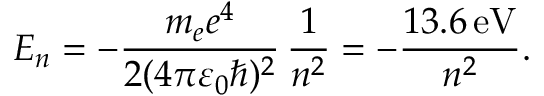
E _ { n } = - { \frac { m _ { e } e ^ { 4 } } { 2 ( 4 \pi \varepsilon _ { 0 } \hbar ) ^ { 2 } } } \, { \frac { 1 } { n ^ { 2 } } } = - { \frac { 1 3 . 6 \, { \mathrm { e V } } } { n ^ { 2 } } } .